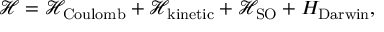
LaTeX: { \mathcal { H } } = { \mathcal { H } } _ { \mathrm { { C o u l o m b } } } + { \mathcal { H } } _ { \mathrm { k i n e t i c } } + { \mathcal { H } } _ { \mathrm { S O } } + H _ { \mathrm { D a r w i n } } ,